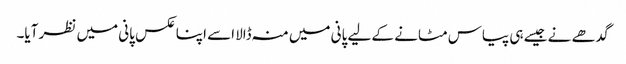
گدھے نے جیسے ہی پیاس مٹانے کے لیے پانی میں منہ ڈالا اسے اپنا عکس پانی میں نظر آیا۔